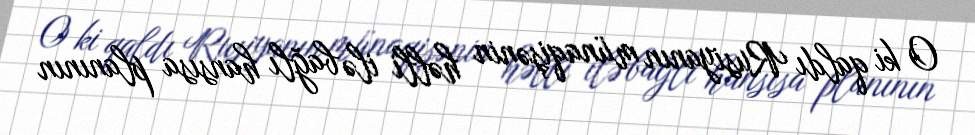
O ki qaldı Rusiyanın münaqişənin həlli ilə bağlı hansısa planının